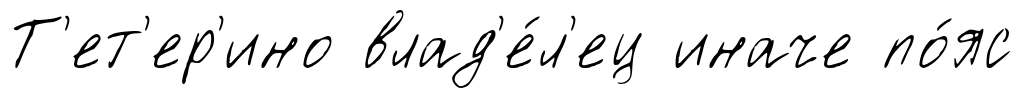
Т'ет'ер'ино влад'е́л'ец иначе по́яс